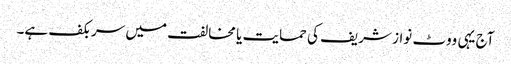
آج یہی ووٹ نواز شریف کی حمایت یا مخالفت میں سر بکف ہے۔